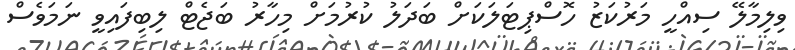
ވިލިމާލޭ ސިއްހީ މަރުކަޒު ހޮސްޕިޓަލަކަށް ބަަދަލު ކުރުމަށް މިހާރު ބަޖެޓް ލިބިފައިވީ ނަމަވެސް